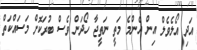
އަދި އޯލެވެލް އިން އެންމެ މަތީ ނަތީޖާ ހޯދަން ވެސް ބުރަކޮށް މަސައްކަތް